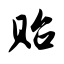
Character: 贻